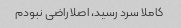
کاملا سرد رسید، اصلا راضی نبودم